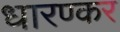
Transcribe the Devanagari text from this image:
धारण्कर